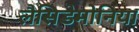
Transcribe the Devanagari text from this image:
लैसिडेमोनिया